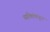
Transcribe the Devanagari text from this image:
व्यक्तिंकडून